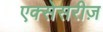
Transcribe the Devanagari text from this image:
एक्सेसरीज़